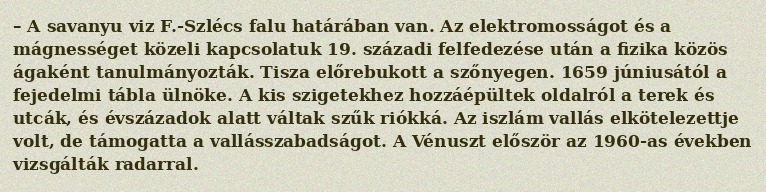
– A savanyu viz F.-Szlécs falu határában van. Az elektromosságot és a mágnességet közeli kapcsolatuk 19. századi felfedezése után a fizika közös ágaként tanulmányozták. Tisza előrebukott a szőnyegen. 1659 júniusától a fejedelmi tábla ülnöke. A kis szigetekhez hozzáépültek oldalról a terek és utcák, és évszázadok alatt váltak szűk riókká. Az iszlám vallás elkötelezettje volt, de támogatta a vallásszabadságot. A Vénuszt először az 1960-as években vizsgálták radarral.